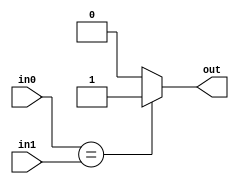
module comp_eq(
    input [7:0] in0,
    input [7:0] in1,
    output out
);

    assign out = (in0 == in1)? 1 : 0;
endmodule